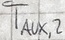
Text: TAUX,2